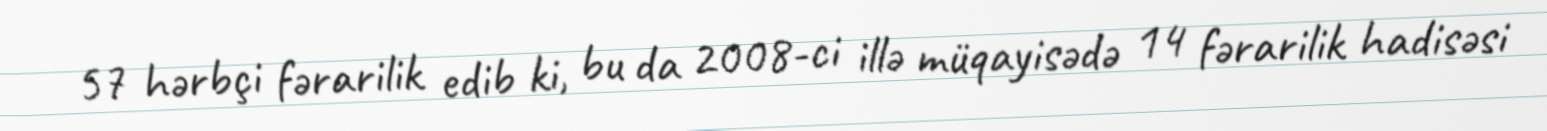
57 hərbçi fərarilik edib ki, bu da 2008-ci illə müqayisədə 14 fərarilik hadisəsi